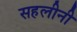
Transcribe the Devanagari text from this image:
सहलीनी